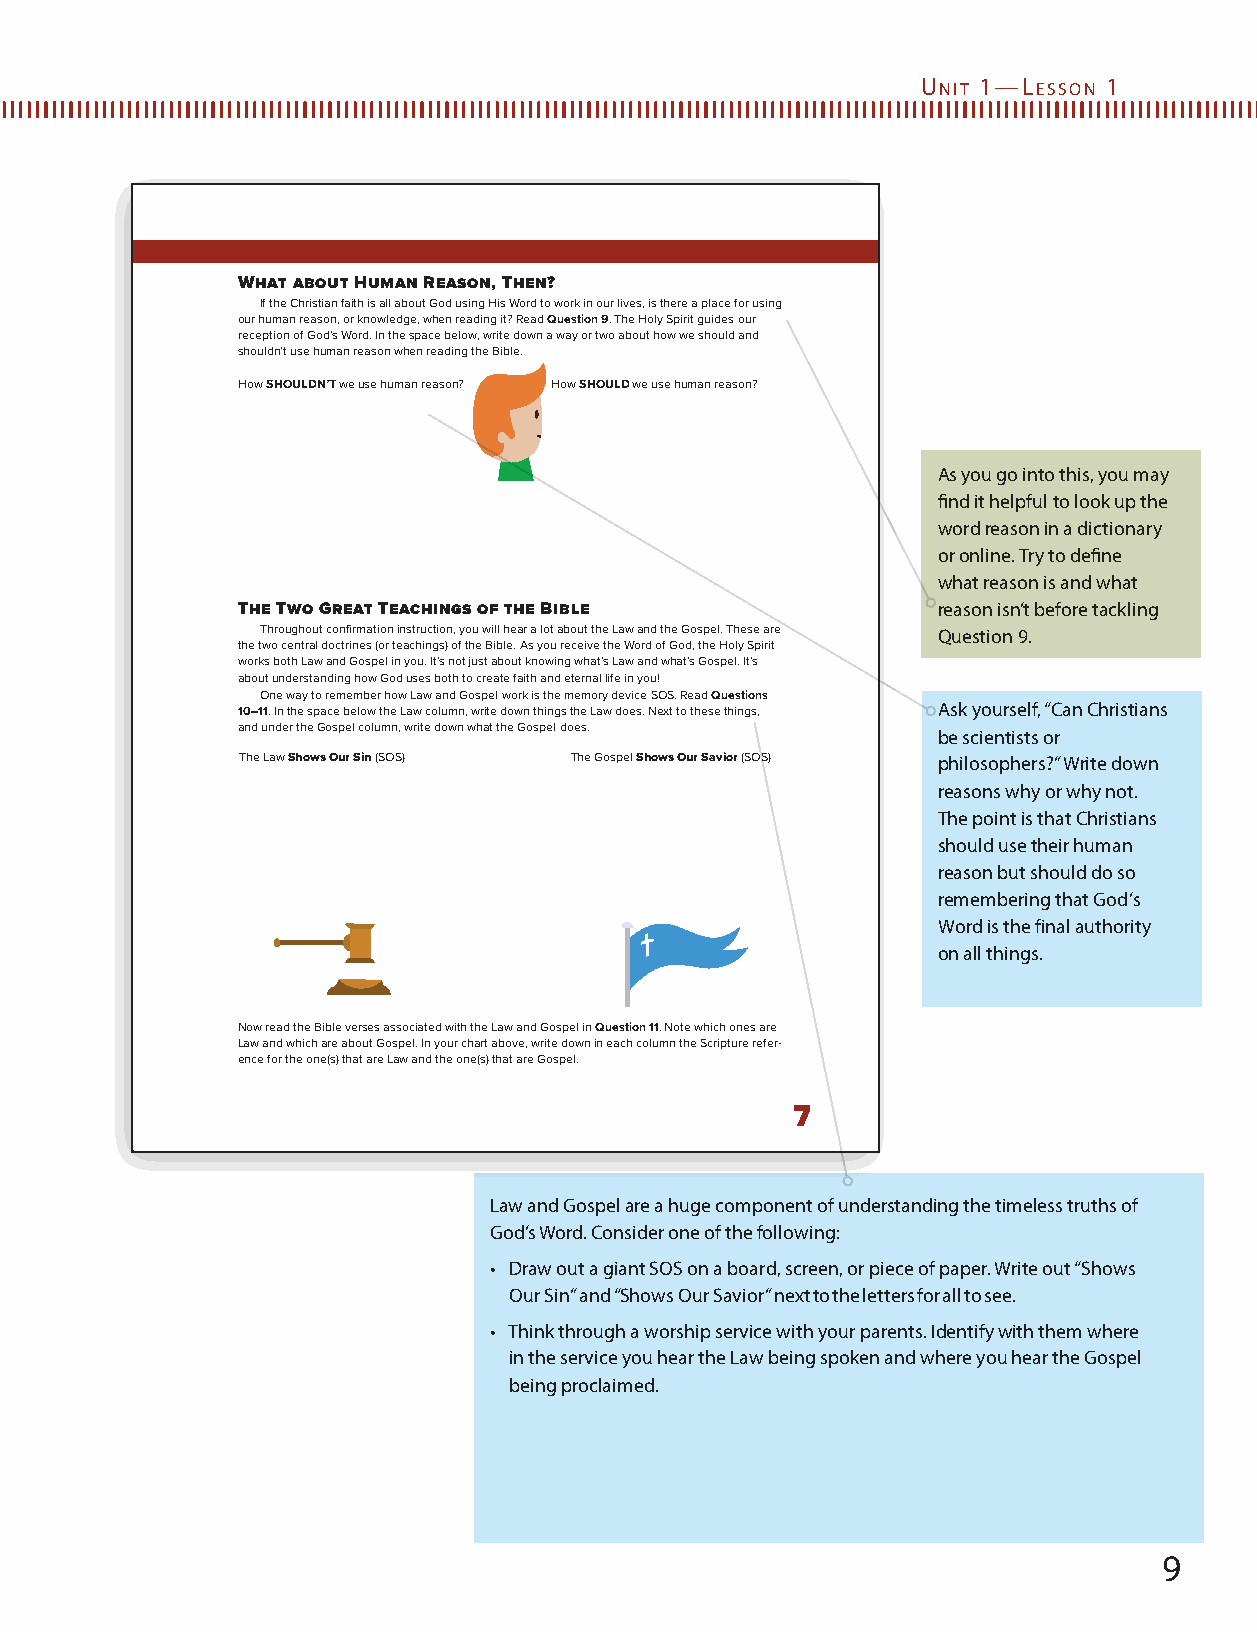
U   1—L     1
 NIT    ESSON
 What about Human Reason, Then?
 If the Christian faith is all about God using His Word to work in our lives, is there a place for using
 our human reason, or knowledge, when reading it? Read Question 9. The Holy Spirit guides our
 reception of God’s Word. In the space below, write down a way or two about how we should and
 shouldn’t use human reason when reading the Bible.
 How SHOULDN’T we use human reason? How SHOULD we use human reason?
 As you go into this, you may
 find it helpful to look up the
 word reason in a dictionary
 or online. Try to define
 what reason is and what
 The Two Great Teachings of the Bible          reason isn’t before tackling
 Throughout confirmation instruction, you will hear a lot about the Law and the Gospel. These are Question 9.
 the two central doctrines (or teachings) of the Bible. As you receive the Word of God, the Holy Spirit
 works both Law and Gospel in you. It’s not just about knowing what’s Law and what’s Gospel. It’s
 about understanding how God uses both to create faith and eternal life in you!
 One way to remember how Law and Gospel work is the memory device SOS. Read Questions
 10–11. In the space below the Law column, write down things the Law does. Next to these things, Ask yourself, “Can Christians
 and under the Gospel column, write down what the Gospel does.
 be scientists or
 The Law Shows Our Sin (SOS) The Gospel Shows Our Savior (SOS) philosophers?” Write down
 reasons why or why not.
 The point is that Christians
 should use their human
 reason but should do so
 remembering that God’s
 Word is the final authority
 on all things.
 Now read the Bible verses associated with the Law and Gospel in Question 11. Note which ones are
 Law and which are about Gospel. In your chart above, write down in each column the Scripture refer-
 ence for the one(s) that are Law and the one(s) that are Gospel.
 7
 Law and Gospel are a huge component of understanding the timeless truths of
 God’s Word. Consider one of the following:
 • Draw out a giant SOS on a board, screen, or piece of paper. Write out “Shows
 Our Sin” and “Shows Our Savior” next to the letters for all to see.
 • Think through a worship service with your parents. Identify with them where
 in the service you hear the Law being spoken and where you hear the Gospel
 being proclaimed.
 9